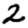
Digit: 2